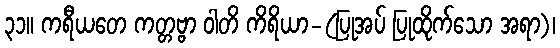
၃၁။ ကရီယတေ ကတ္တဗ္ဗာ ဝါတိ ကိရိယာ-(ပြုအပ် ပြုထိုက်သော အရာ)၊